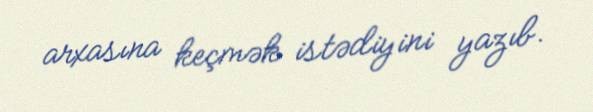
arxasına keçmək istədiyini yazıb.